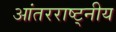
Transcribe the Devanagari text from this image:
आंतरराष्ट्नीय